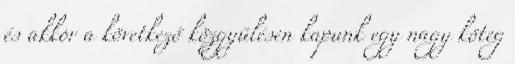
és akkor a következő közgyűlésen kapunk egy nagy köteg